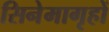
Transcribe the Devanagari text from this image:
सिनेमागृहों